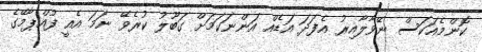
ކޮންމެއަކަސް ނޭވާލާއިރު އެފަދަ އަޑެއް އަންނަކަމަށް ގަބޫލު ކުރެވޭ ނަމަ އެއީ ފުއްޕާމޭގެ